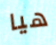
هيا